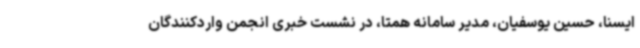
ایسنا، حسین یوسفیان، مدیر سامانه‌ همتا، در نشست خبری انجمن واردکنندگان